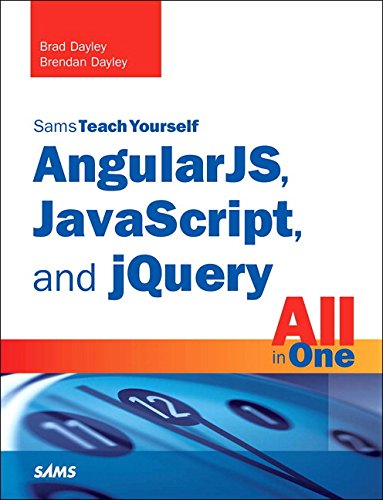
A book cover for AngularJS, JavaScript, and jQuery All in One, Sams Teach Yourself; Brad Dayley; Computers & Technology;